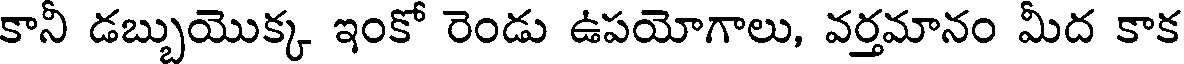
కానీ డబ్బుయొక్క ఇంకో రెండు ఉపయోగాలు, వర్తమానం మీద కాక